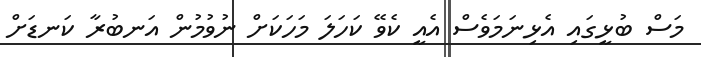
މަސް ބުޅީގައި އެޅިނަމަވެސް އެއީ ކެވޭ ކަހަލަ މަހަކަށް ނުވުމުން އަނބުރާ ކަނޑަށް